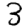
Digit: 3